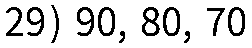
29) 90, 80, 70